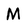
Character: M